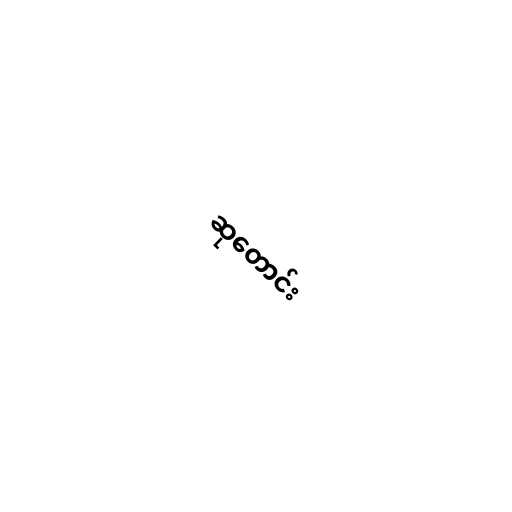
ဆုတောင်း